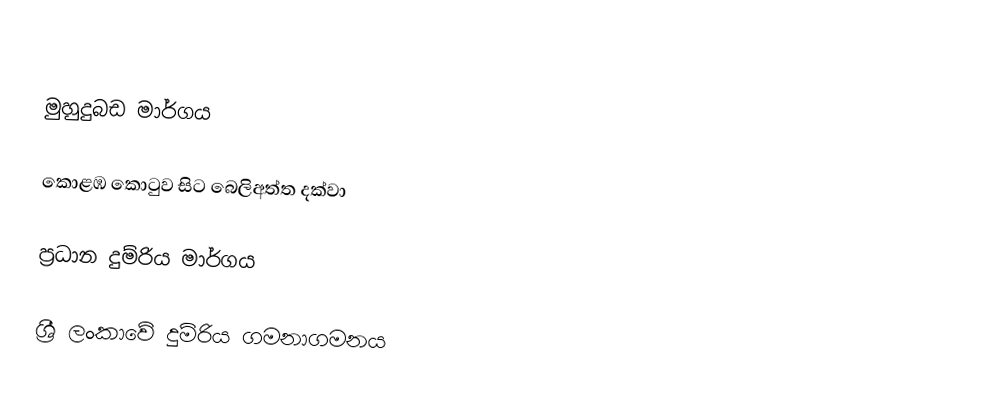

මුහුදුබඩ මාර්ගය

කොළඹ කොටුව සිට බෙලිඅත්ත දක්වා

ප්‍රධාන දුම්රිය මාර්ගය

ශ්‍රී ලංකාවේ දුම්රිය ගමනාගමනය